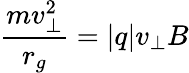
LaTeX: {\frac{mv_{\perp}^{2}}{r_{g}}}=|q|v_{\perp}B